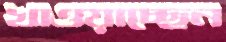
খাওয়াচ্ছেন